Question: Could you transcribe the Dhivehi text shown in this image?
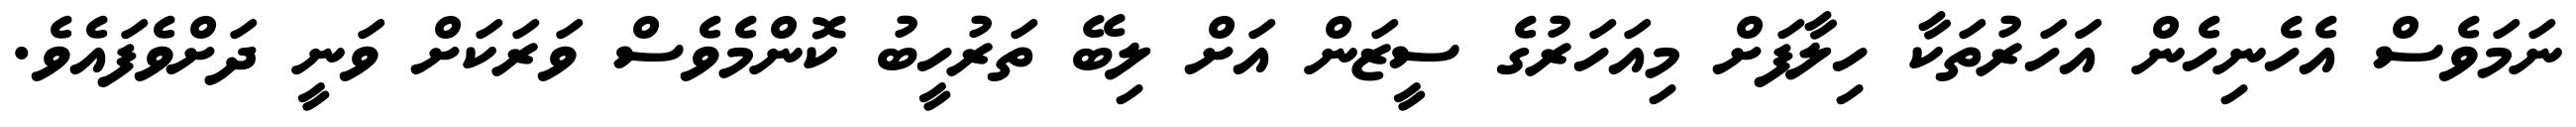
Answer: ނަމަވެސް އެހެނިހެން އަހަރުތަކާ ހިލާފަށް މިއަހަރުގެ ސީޒަން އަށް ލިބޭ ތަރުހީބު ކޮންމެވެސް ވަރަކަށް ވަނީ ދަށްވެފައެވެ.